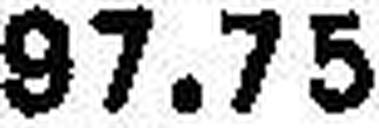
97.75